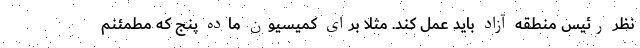
نظر رئیس منطقه آزاد باید عمل کند. مثلا برای کمیسیون ماده پنج که مطمئنم